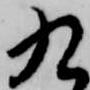
九